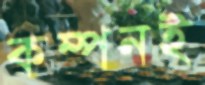
কম্পনই